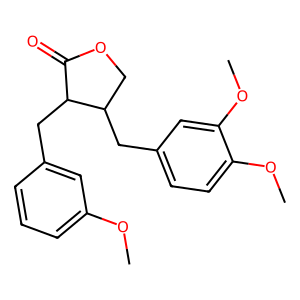
SMILES: COc1cccc(CC2C(=O)OCC2Cc2ccc(OC)c(OC)c2)c1
Inhibits HIV replication: No